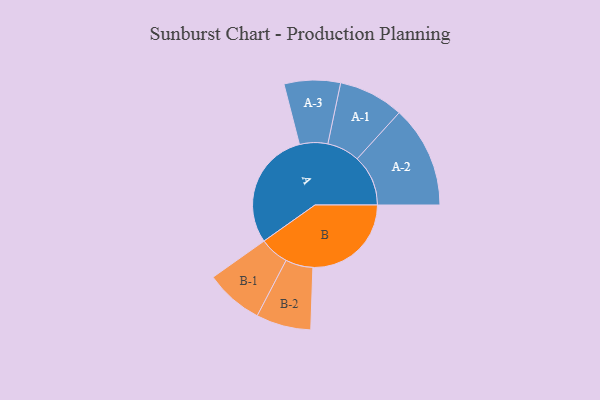
{"axis": {"x": "Segment", "y": "Value"}, "legend": ["", "A", "B"], "data": [{"x": "A", "y": 498, "type": ""}, {"x": "B", "y": 413, "type": ""}, {"x": "A-1", "y": 137, "type": "A"}, {"x": "A-2", "y": 214, "type": "A"}, {"x": "A-3", "y": 118, "type": "A"}, {"x": "B-1", "y": 122, "type": "B"}, {"x": "B-2", "y": 115, "type": "B"}]}